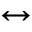
\leftrightarrow